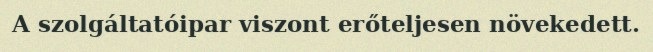
A szolgáltatóipar viszont erőteljesen növekedett.